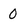
Character: 0